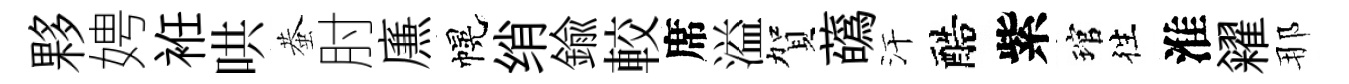
夥娉袵哄蛬肘㢘幌绡鍮較席溢賀蘤汗醅紫琯徃淮糴那